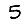
Digit: 5